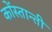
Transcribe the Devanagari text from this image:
कोंस्तान्ती